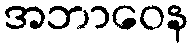
အဘာဝေန